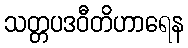
သတ္တပဒဝီတိဟာရေန